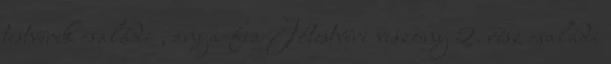
testvérek családi , anya-fia Jótestvéri viszony 2. rész családi